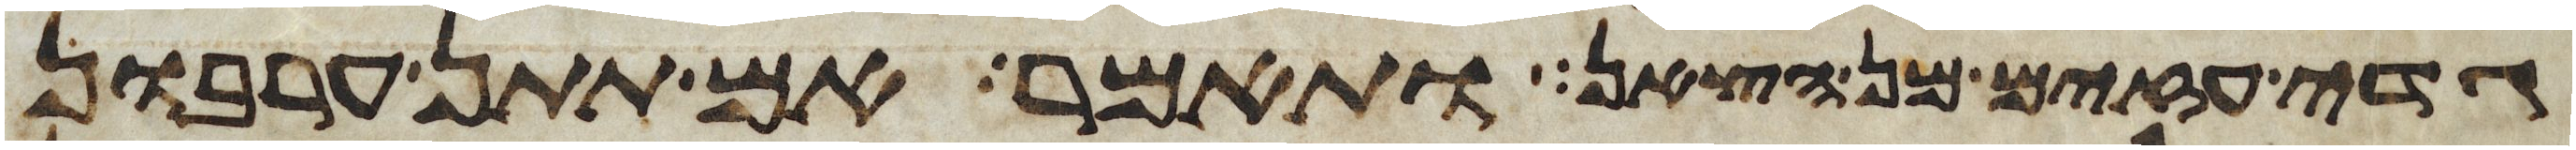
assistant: גדי עזים מן הצאן ותאמר אם תתן ערבון